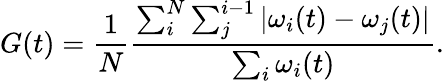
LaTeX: G(t)=\frac{1}{N}\frac{\sum_{i}^{N}\sum_{j}^{i-1}|\omega_{i}(t)-\omega_{j}(t)|}{\sum_{i}\omega_{i}(t)}.